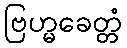
ဗြဟ္မခေတ္တံ